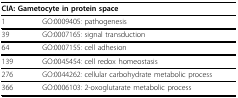
| <COLSPAN=2> CIA: Gametocyte in protein space |
 | --- | --- |
 | 1 | GO:0009405: pathogenesis |
 | 39 | GO:0007165: signal transduction |
 | 64 | GO:0007155: cell adhesion |
 | 139 | GO:0045454: cell redox homeostasis |
 | 276 | GO:0044262: cellular carbohydrate metabolic process |
 | 366 | GO:0006103: 2-oxoglutarate metabolic process |